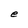
Character: e